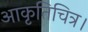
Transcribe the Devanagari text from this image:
आकृतिचित्र।